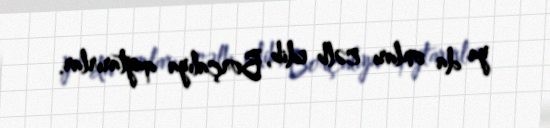
ya da onları cəlb edib, Borçalıya qaytarırlar.